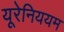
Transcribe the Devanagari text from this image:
यूरेनिययम